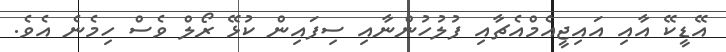
އޭޑީކޭ އާއި އައިޖީއެމްއެޗާއި ފުލުހުންނާއި ސިފައިން ކުޅޭ ރޯލް ވެސް ހިމެނެ އެވެ.